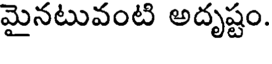
మైనటువంటి అదృష్టం.